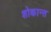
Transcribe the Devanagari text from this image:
शोकान्‍त